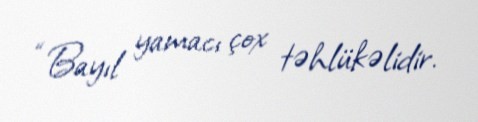
“Bayıl yamacı çox təhlükəlidir.